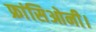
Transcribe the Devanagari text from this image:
फ्रांसिओनी।